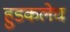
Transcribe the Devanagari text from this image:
हुडकलेच